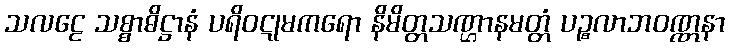
သလဠေ သစ္စာဓိဋ္ဌာနံ ပရိဝဋုမကရော နိမိတ္တသဏ္ဌာနမတ္တံ ပဉ္စလာဘဝဏ္ဏနာ